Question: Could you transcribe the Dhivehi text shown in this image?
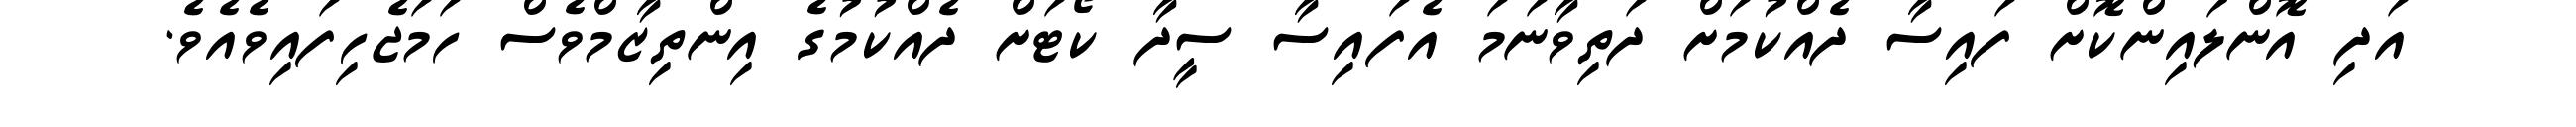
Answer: އަދި އޮންލައިންކޮށް ފައިސާ ދެއްކުމަށް ދަތިވާނަމަ އެފައިސާ ސީދާ ކޯޓަށް ދެއްކުމުގެ އިންތިޒާމްވެސް ހަމަޖެހިފައިވެއެވެ.